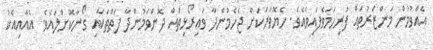
އެއްވުމުން މަންޒަރުތައް ފުރިހަމަވެފައިވެއެވެ. ހެޔޮވަރަކަށް ޖެހެމުންދާ ވައިރޯޅިތައް ދޮންވަމުންދާ ފަތްތަކާއި ގޯނާކޮށްލައެވެ. އެއާއިއެކު